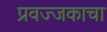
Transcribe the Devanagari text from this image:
प्रवज्जकाचा